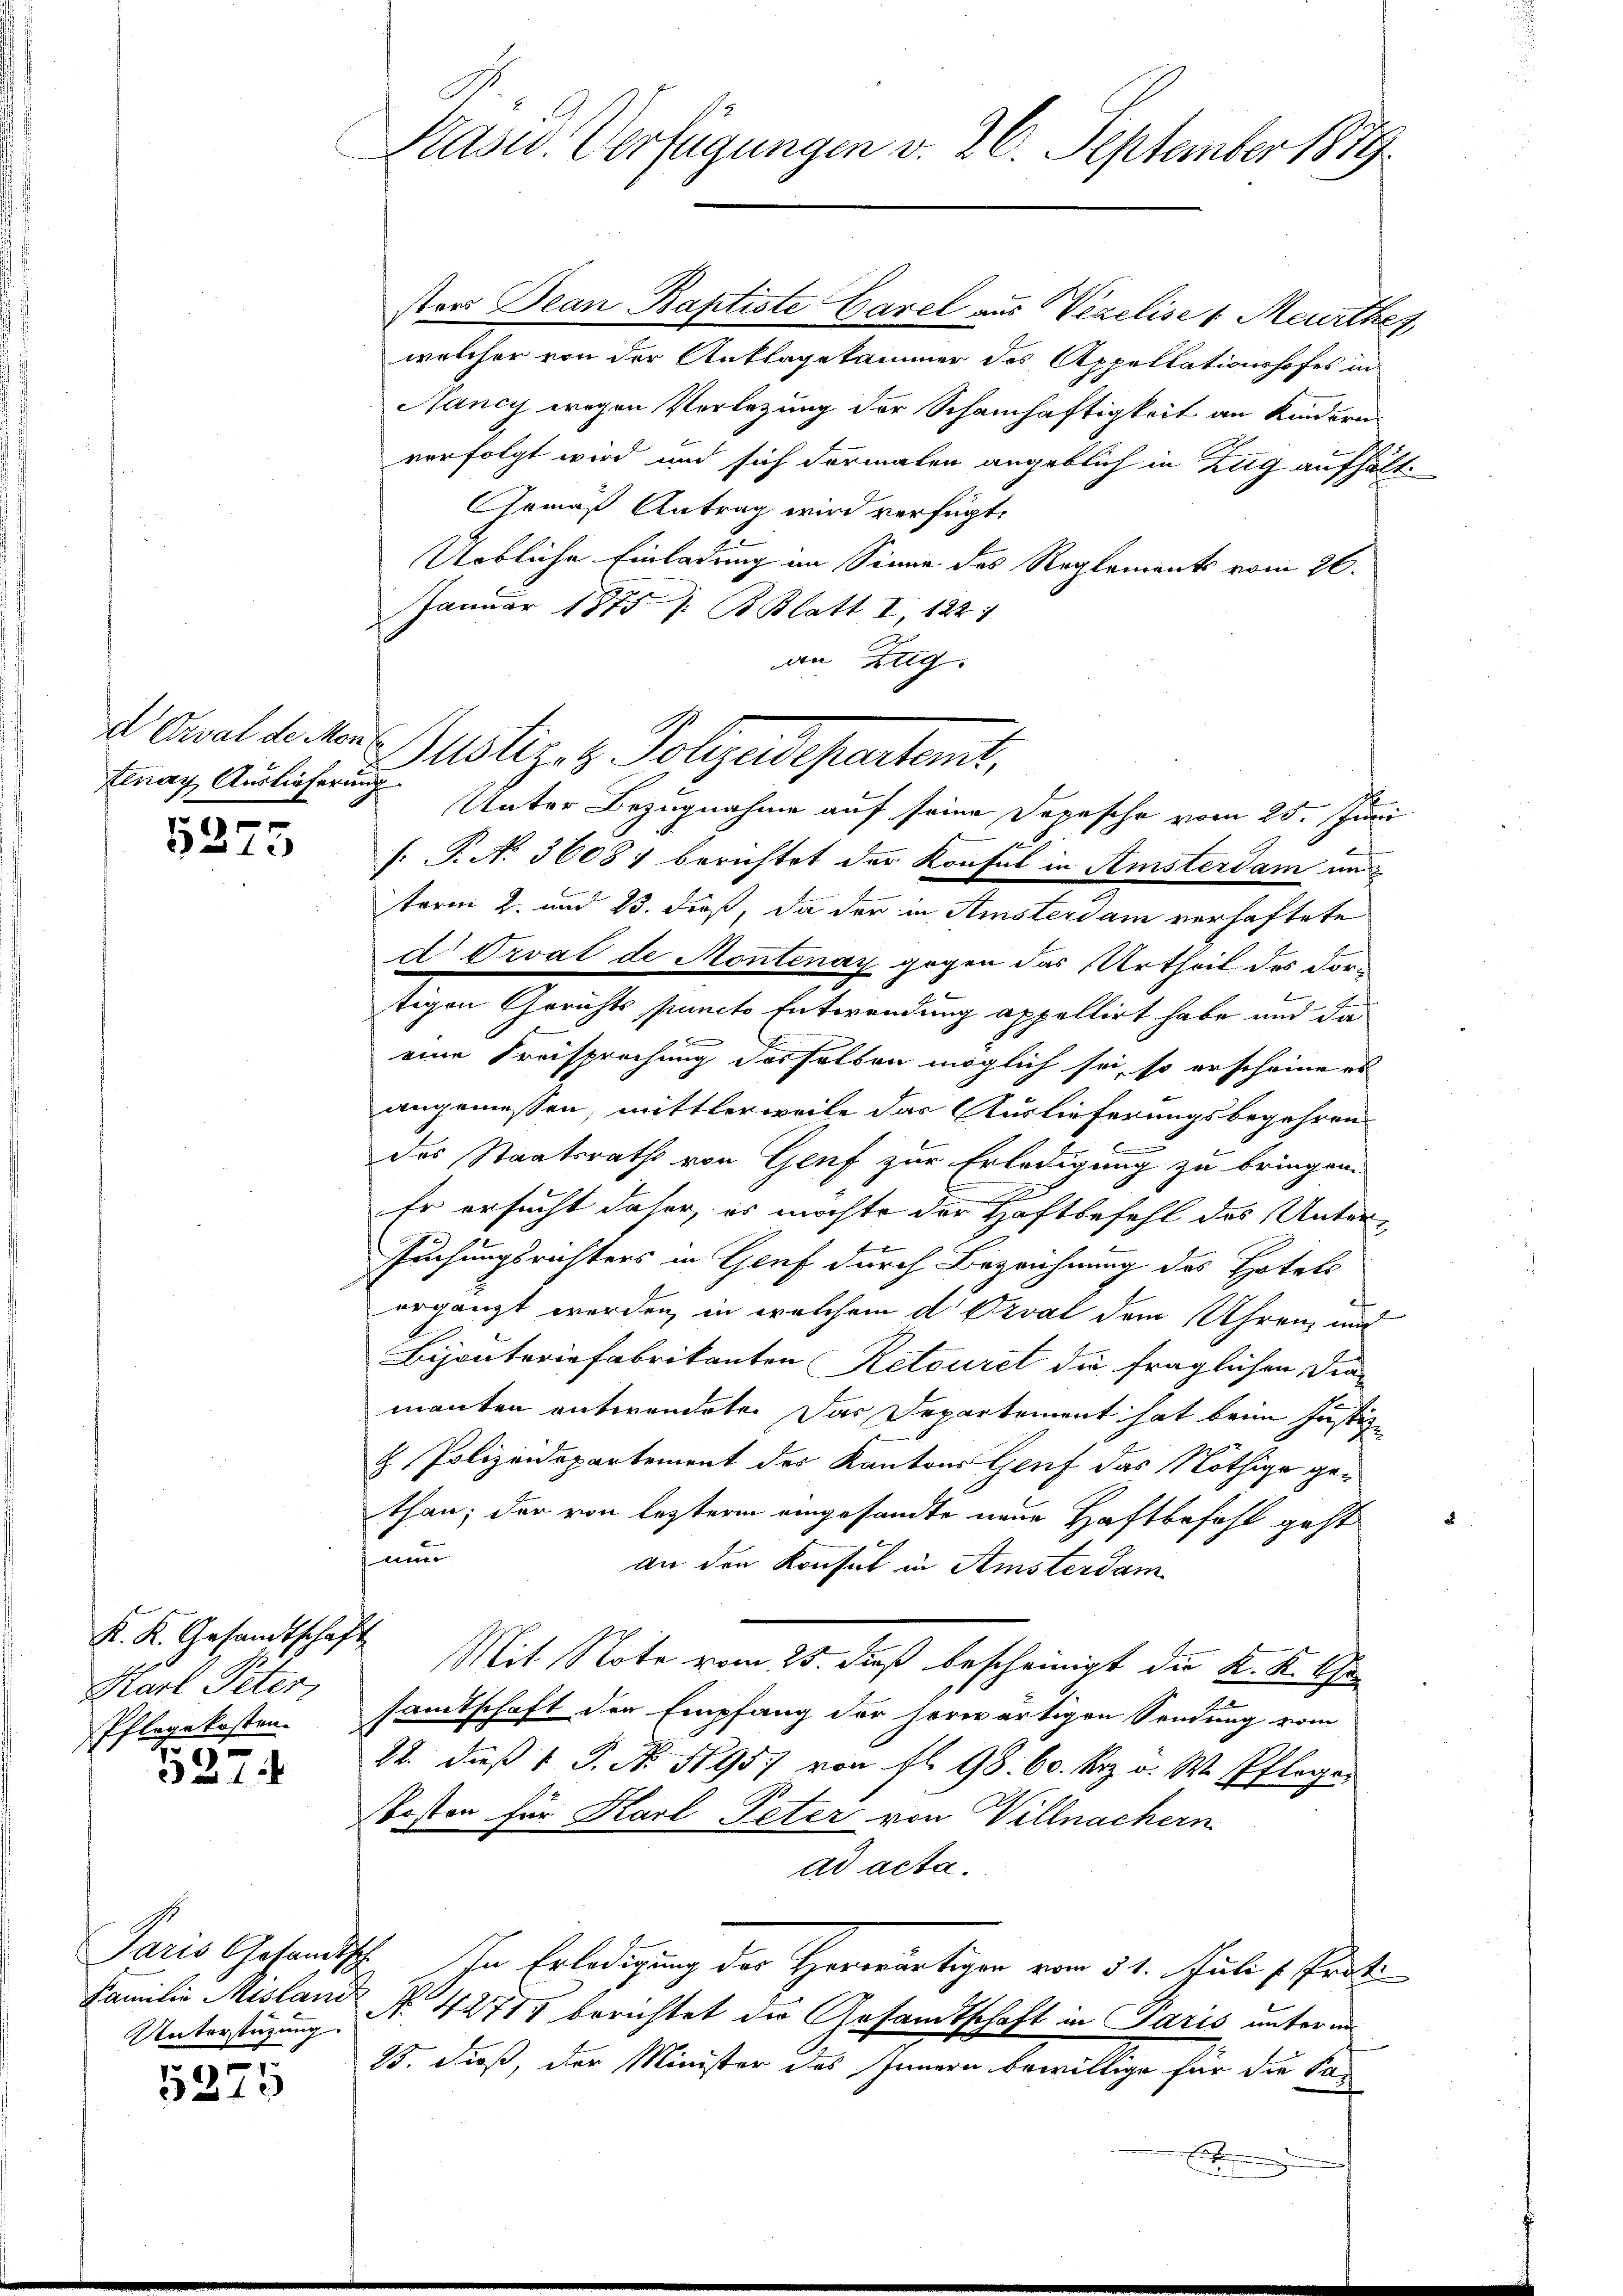
enay Auslieferung

5275

K. K. Gesandtschaft
Karl Peter,
Pflegekosten.
5

331

Familie Mislani

5275

Präsid. Verfügungen v. 26. September 1879.

stors Bean Baptiste Garel aus Vezelise 1 Meurthey,
welcher von der Anklagekammer des Appellationshofes in
Nancy wegen Verlegung der Schamhaftigkeit an Kindern
verfolgt wird und sich dermalen angeblich in Zug aufhält.
Gemäß Antrag wird verfügt:
2
Urbliche Einladung im Sinne des Reglements vom 26.
Januar 1815 s. B. Blatt I, 122 1
an Ztig
d. Canal de der Justiz- & Polizeidepartemt,
s. P. No 36087 berichtet der Konsul in Amsterdam un
term 2. und 13. dieß, da der in Amsterdam verhaftete
d Orvat de Montenay gegen das Urtheil des dorf
tigen Gerichts puncto Entwendung appellirt habe und da
eine Freisprechung desselben möglich sei, so erscheine es
angemessen, mittlerweile das Auslieferungsbegehren

des Staatsraths von Genf zur Erledigung zu bringen.
Er ersucht daher, es möchte der Haftbefehl des Untersuchungsrichters in Genf durch Bezeichnung des Hotels
ergänzt werden, in welchem d Ozval dem Uhren, und
Bijouterinfabrikanten Retouret die fraglichen Die
manten entwendeten Das Departement hat beim Justiz-
2 Polizeidepartement der Kantons Genf das Nöthige gethan; der von lezteren eingesandte neue Haftbefehl geht
u
un
an den Konsul in Amsterdam
Mit Note vom 25. dieß bescheinigt die K. K. Gr
samtschaft der Empfang der herwärtigen Sendung vom
22. daß 1 S. No 1195 von fl. 98. 60. Frz. u. W. Pfleger
Kosten für Karl Peter von Villnachern
ad acta.
Paris Gesandtsch. In Erledigung der Herrräutigen vom 31. Juli Proti
Unterstüzung No 42715 berichtet die Gesandtschaft in Paris unterm
15. dieß, der Minister des Innern bewillige für die San

Unter Bezugnahme auf seine Depesche vom 25. Juni